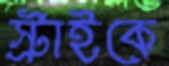
স্ট্রাইকে